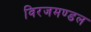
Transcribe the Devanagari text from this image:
विरजमण्डल